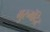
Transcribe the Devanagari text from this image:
गुरुमंदिर